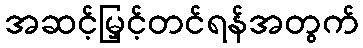
အဆင့်မြှင့်တင်ရန်အတွက်